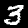
Label: 3